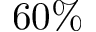
6 0 \%